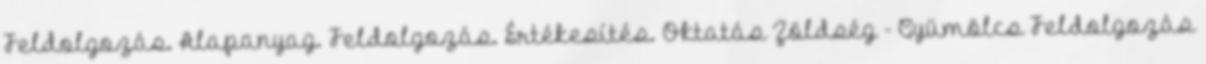
Feldolgozás. Alapanyag. Feldolgozás. Értékesítés. Oktatás Zöldség - Gyümölcs Feldolgozás